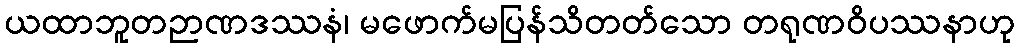
ယထာဘူတဉာဏဒဿနံ၊ မဖောက်မပြန်သိတတ်သော တရုဏဝိပဿနာဟု